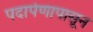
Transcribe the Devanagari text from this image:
पदार्पणापासून